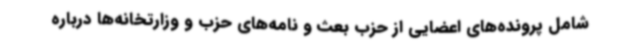
شامل پرونده‌های اعضایی از حزب بعث و نامه‌های حزب و وزارتخانه‌ها درباره